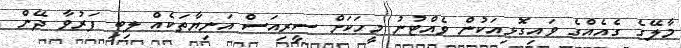
މާލޭގެ ގެއެއްގެ ވައިގޮޅިއަކުން ވެއްޓުނު މީހަކަށް ސީރިއަސް އަނިޔާތަކެއް ލިބި ފަރުވާ ދޭން